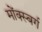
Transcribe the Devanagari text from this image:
मोंक्स्बर्ग